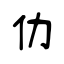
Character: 仂